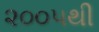
૨૦૦૫થી